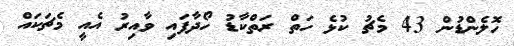
ހޮލެންޑުން 43 މެޗު ކުޅެ ހަތް ރަތްކާޑު ހޯދާފައި ވާއިރު އެއީ މެޗަކައް